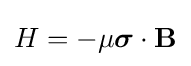
H=-\mu {\boldsymbol {\sigma }}\cdot \mathbf {B}